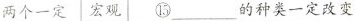
两个一定 宏观⑮___的种类一定改变